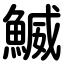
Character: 鰄